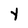
Character: y